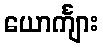
ယောင်္ကျား